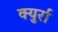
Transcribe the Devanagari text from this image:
क्युर्रा